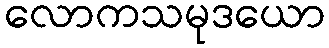
လောကသမုဒယော